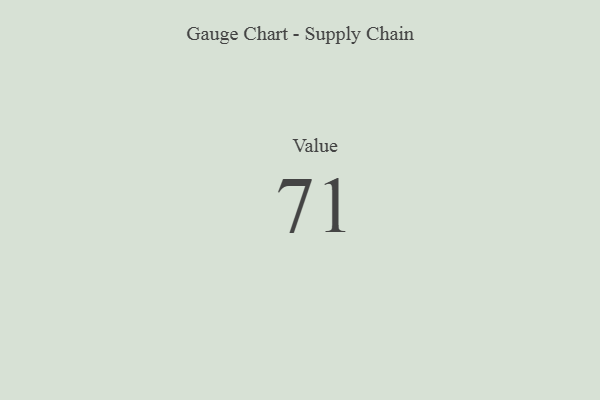
{"axis": {"x": "Metric", "y": "Value"}, "legend": [""], "data": [{"x": "Value", "y": 71, "type": ""}]}